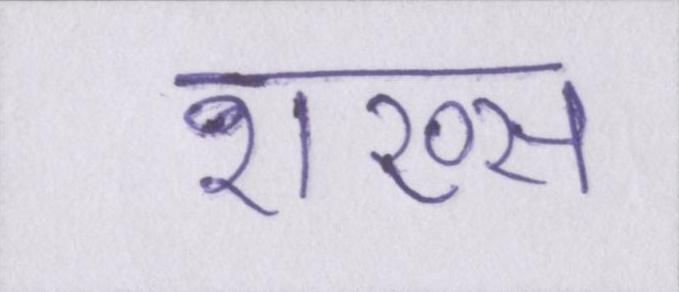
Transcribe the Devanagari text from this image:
शख्स